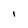
Character: I